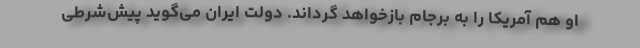
او هم آمریکا را به برجام بازخواهد گرداند. دولت ایران می‌گوید پیش‌شرطی